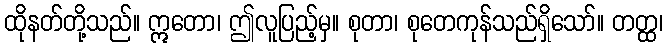
ထိုနတ်တို့သည်။ ဣတော၊ ဤလူပြည့်မှ။ စုတာ၊ စုတေကုန်သည်ရှိသော်။ တတ္ထ၊